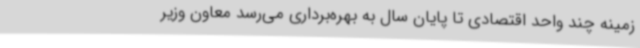
زمینه چند واحد اقتصادی تا پایان سال به بهره‌برداری می‌رسد معاون وزیر